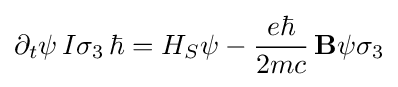
\partial _{t}\psi \,I\sigma _{3}\,\hbar =H_{S}\psi -{\frac {e\hbar }{2mc}}\,\mathbf {B} \psi \sigma _{3}